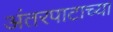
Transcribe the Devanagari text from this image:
अंतरपाटाच्या